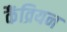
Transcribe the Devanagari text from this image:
कैंव्रियन